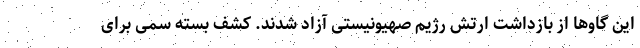
این گاوها از بازداشت ارتش رژیم صهیونیستی آزاد شدند. کشف بسته سمی برای